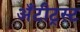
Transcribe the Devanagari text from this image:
अँटीट्रस्ट